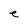
Character: e